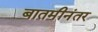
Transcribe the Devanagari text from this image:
बातमीनंतर